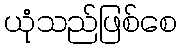
ယုံသည်ဖြစ်စေ